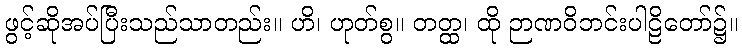
ဖွင့်ဆိုအပ်ပြီးသည်သာတည်း။ ဟိ၊ ဟုတ်စွ။ တတ္ထ၊ ထို ဉာဏဝိဘင်းပါဠိတော်၌။